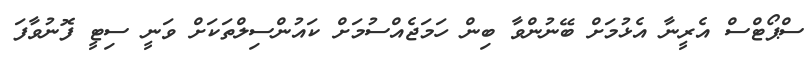
ސްޕޯޓްސް އެރީނާ އެޅުމަށް ބޭނުންވާ ބިން ހަމަޖެއްސުމަށް ކައުންސިލްތަކަށް ވަނީ ސިޓީ ފޮނުވާފަ